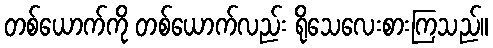
တစ်ယောက်ကို တစ်ယောက်လည်း ရိုသေလေးစားကြသည်။